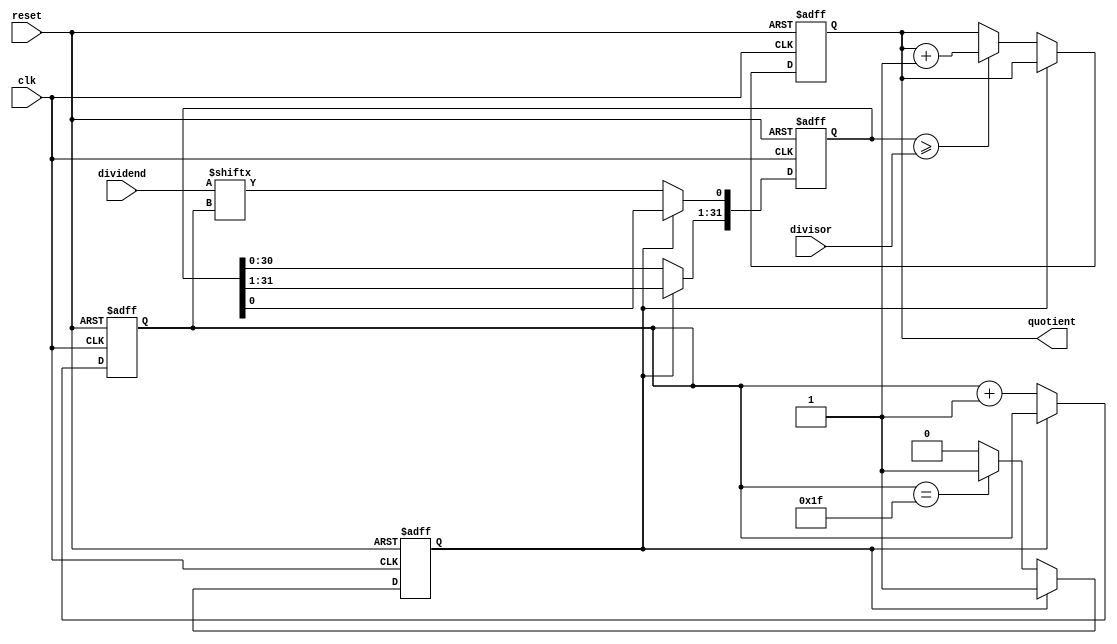
module synchronous_divider (
    input wire clk,
    input wire reset,
    input wire [31:0] dividend,
    input wire [31:0] divisor,
    output reg [31:0] quotient
);

reg [31:0] remainder;
reg [4:0] count;
reg done;

always @(posedge clk or posedge reset) begin
    if (reset) begin
        quotient <= 0;
        remainder <= 0;
        count <= 0;
        done <= 0;
    end else begin
        if (done == 0) begin
            if (remainder >= divisor) begin
                remainder <= remainder - divisor;
                quotient <= quotient + 1;
            end
            remainder <= remainder << 1;
            remainder[0] <= dividend[count];
            count <= count + 1;
            if (count == 31) begin
                done <= 1;
            end
        end
    end
end

endmodule